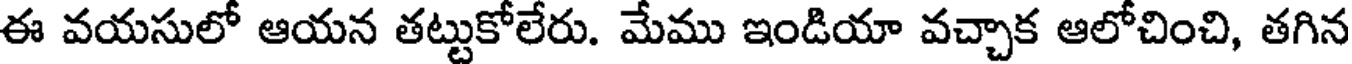
ఈ వయసులో ఆయన తట్టుకోలేరు. మేము ఇండియా వచ్చాక ఆలోచించి, తగిన